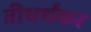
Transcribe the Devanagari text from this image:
तीथर्थंकर